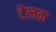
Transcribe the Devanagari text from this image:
टेलक